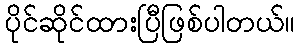
ပိုင်ဆိုင်ထားပြီဖြစ်ပါတယ်။